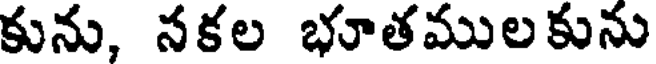
కును, నకల భూతములకును